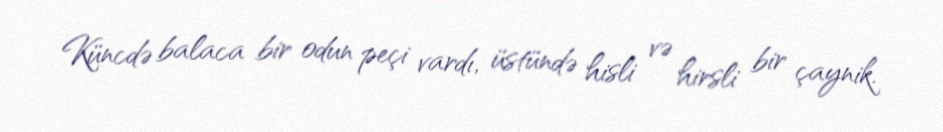
Küncdə balaca bir odun peçi vardı, üstündə hisli və hirsli bir çaynik.